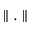
\parallel . \parallel